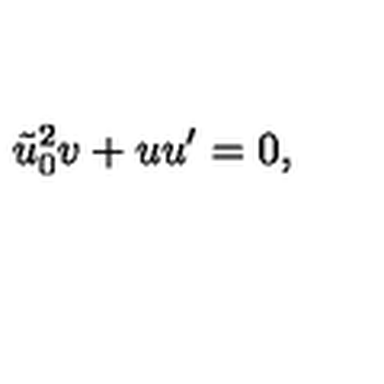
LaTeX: \tilde { u } _ { 0 } ^ { 2 } v + u u ^ { \prime } = 0 ,